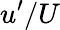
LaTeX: u^{\prime}/U